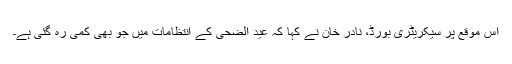
اس موقع پر سیکریٹری بورڈ، نادر خان نے کہا کہ عید الضحیٰ کے انتظامات میں جو بھی کمی رہ گئی ہے۔